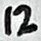
Text: 12